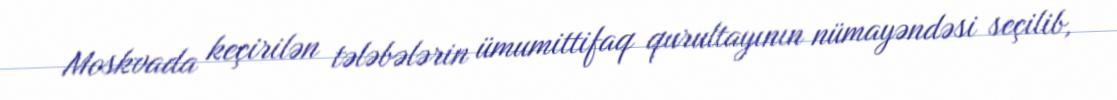
Moskvada keçirilən tələbələrin ümumittifaq qurultayının nümayəndəsi seçilib,